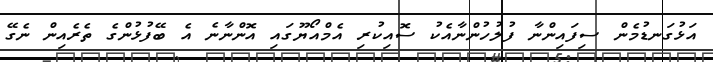
އަޅުގަނޑުމެން ސިފައިންނާ ފުލުހުންނާއެކު ސޮއިކުރި އެމްއޯޔޫގައި އޮންނާނެ އެ ބޭފުޅުންގެ ތެރެއިން ނެގޭ